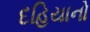
દહિયાનો